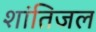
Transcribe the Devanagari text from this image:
शांतिजल